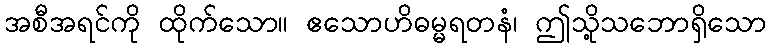
အစီအရင်ကို ထိုက်သော။ ဧသောဟိဓမ္မရတနံ၊ ဤသို့သဘောရှိသော